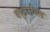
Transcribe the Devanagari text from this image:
वाटरमिल